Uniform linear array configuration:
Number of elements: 12
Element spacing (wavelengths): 0.25
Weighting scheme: exponential
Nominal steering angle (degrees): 30
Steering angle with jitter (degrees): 29.63
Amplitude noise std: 0.05
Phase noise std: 0.05

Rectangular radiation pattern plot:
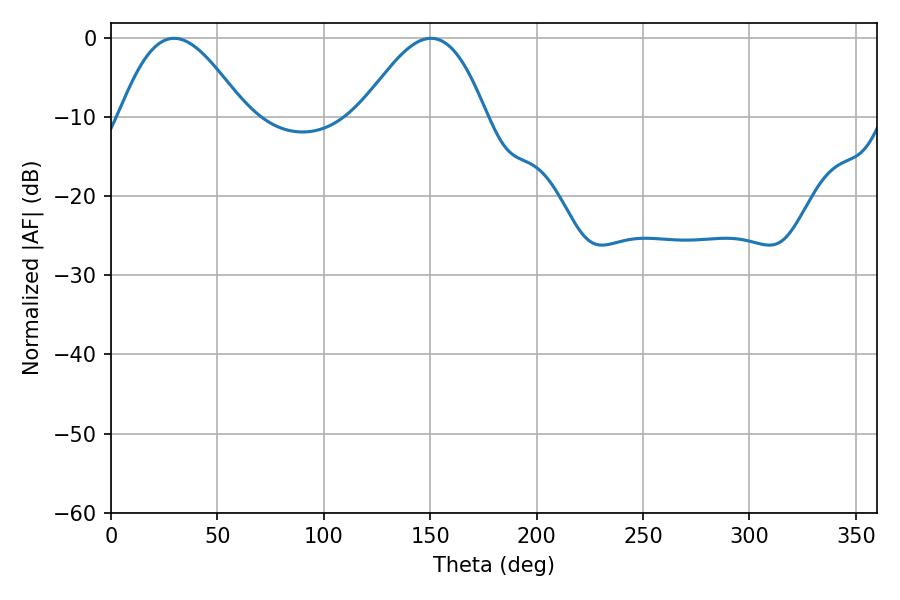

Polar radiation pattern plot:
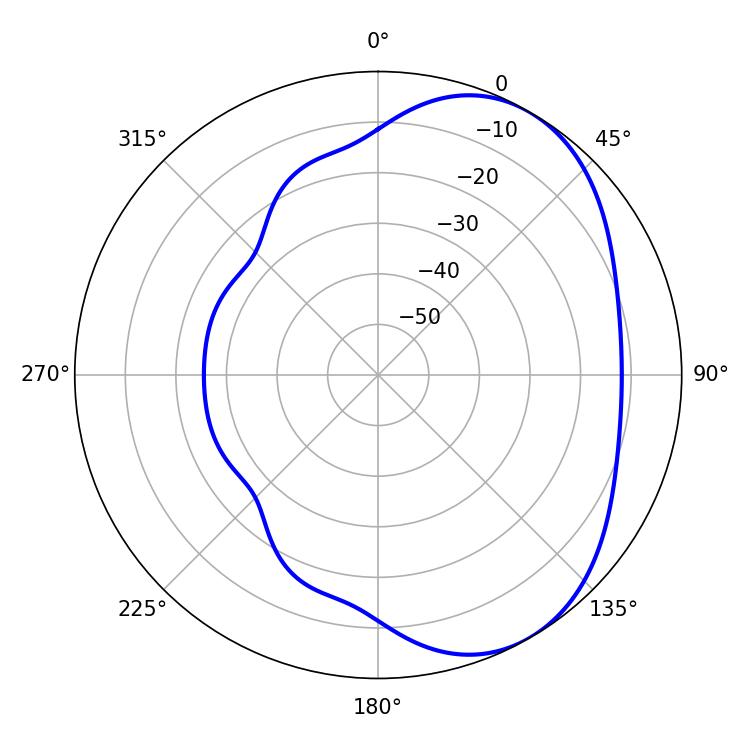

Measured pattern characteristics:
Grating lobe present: FALSE
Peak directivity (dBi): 4.703
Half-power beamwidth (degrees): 32.04
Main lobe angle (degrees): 29.7